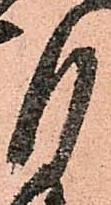
月